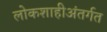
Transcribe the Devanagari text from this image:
लोकशाहीअंतर्गत